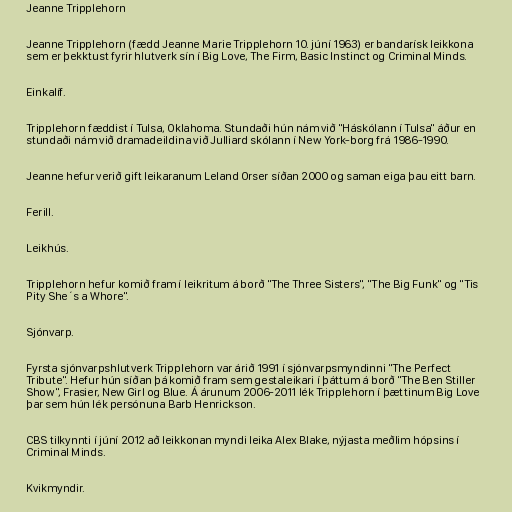
Jeanne Tripplehorn

Jeanne Tripplehorn (fædd Jeanne Marie Tripplehorn 10. júní 1963) er bandarísk leikkona
sem er þekktust fyrir hlutverk sín í Big Love, The Firm, Basic Instinct og Criminal Minds.

Einkalíf.

Tripplehorn fæddist í Tulsa, Oklahoma. Stundaði hún nám við "Háskólann í Tulsa" áður en
stundaði nám við dramadeildina við Julliard skólann í New York-borg frá 1986-1990.

Jeanne hefur verið gift leikaranum Leland Orser síðan 2000 og saman eiga þau eitt barn.

Ferill.

Leikhús.

Tripplehorn hefur komið fram í leikritum á borð "The Three Sisters", "The Big Funk" og "Tis
Pity She´s a Whore".

Sjónvarp.

Fyrsta sjónvarpshlutverk Tripplehorn var árið 1991 í sjónvarpsmyndinni "The Perfect
Tribute". Hefur hún síðan þá komið fram sem gestaleikari í þáttum á borð "The Ben Stiller
Show", Frasier, New Girl og Blue. Á árunum 2006-2011 lék Tripplehorn í þættinum Big Love
þar sem hún lék persónuna Barb Henrickson.

CBS tilkynnti í júní 2012 að leikkonan myndi leika Alex Blake, nýjasta meðlim hópsins í
Criminal Minds.

Kvikmyndir.